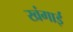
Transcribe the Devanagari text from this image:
खंगाई